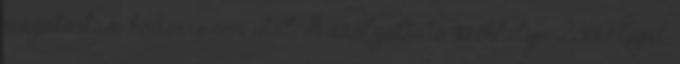
magatartási kódexre nem utal. A szolgáltató székhelye: 2360 Gyál,